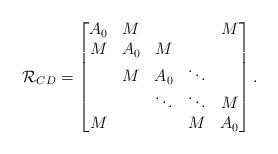
LaTeX: \begin{align*}\mathcal{R}_{CD}=\begin{bmatrix} A_0 & M & & &M \\ M & A_0 &M & & \\ & M & A_0 & \ddots & \\ & & \ddots & \ddots & M\\ M & & & M & A_0\\\end{bmatrix}.\end{align*}